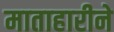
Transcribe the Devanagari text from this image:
माताहारीने